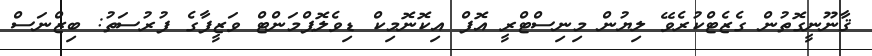
ޤާނޫނީގޮތުން ގެޒެޓްކުރެވޭ ލިޔުން މިނިސްޓްރީ އޮފް އިކޮނޮމިކް ޑިވެލޮޕްމަންޓް ވަޒީފާގެ ފުރުސަތު: ބިޒްނަސް